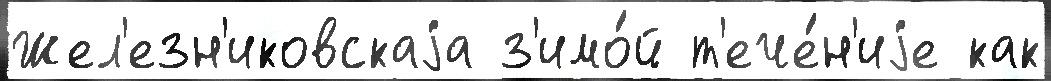
Жел'езн'иковскаjа з'имо́й т'ече́н'иjе как